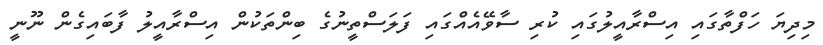
މިދިޔަ ހަފްތާގައި އިސްރާއީލުގައި ކުރި ސާވޭއެއްގައި ފަލަސްތީނުގެ ބިންތަކުން އިސްރާއީލު ފާބައިގެން ނޫނީ